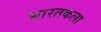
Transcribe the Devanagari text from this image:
भारतकला